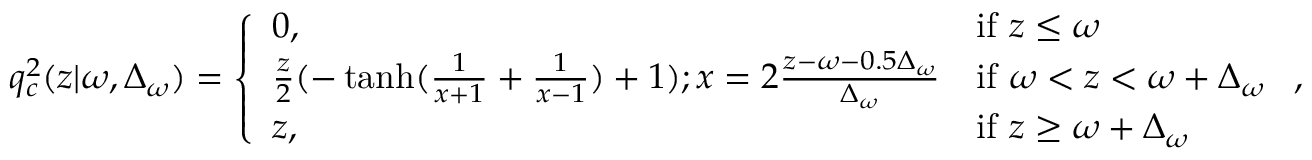
q _ { c } ^ { 2 } ( z | \omega , \Delta _ { \omega } ) = \left\{ \begin{array} { l l } { 0 , } & { \mathrm { i f ~ } z \leq \omega } \\ { \frac { z } { 2 } ( - \operatorname { t a n h } ( \frac { 1 } { x + 1 } + \frac { 1 } { x - 1 } ) + 1 ) ; x = 2 \frac { z - \omega - 0 . 5 \Delta _ { \omega } } { \Delta _ { \omega } } } & { \mathrm { i f ~ } \omega < z < \omega + \Delta _ { \omega } } \\ { z , } & { \mathrm { i f ~ } z \geq \omega + \Delta _ { \omega } } \end{array} \right. \mathrm { , }